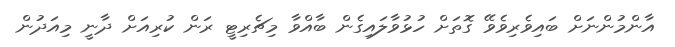
އާންމުންނަށް ބައިވެރިވެވޭ ގޮތަށް ހުޅުވާލައިގެން ބާއްވާ މިޗެރިޓީ ރަން ކުރިއަށް ދާނީ މިއަދުން